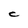
Character: C